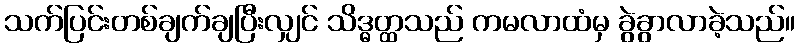
သက်ပြင်းတစ်ချက်ချပြီးလျှင် သိဒ္ဓတ္ထသည် ကမလာထံမှ ခွဲခွာလာခဲ့သည်။